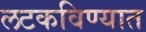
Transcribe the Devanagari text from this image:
लटकविण्यात